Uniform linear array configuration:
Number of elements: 48
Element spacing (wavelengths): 0.5
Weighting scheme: uniform
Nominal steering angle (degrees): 30
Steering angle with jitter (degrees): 28.378
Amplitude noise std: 0.05
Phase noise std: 0.05

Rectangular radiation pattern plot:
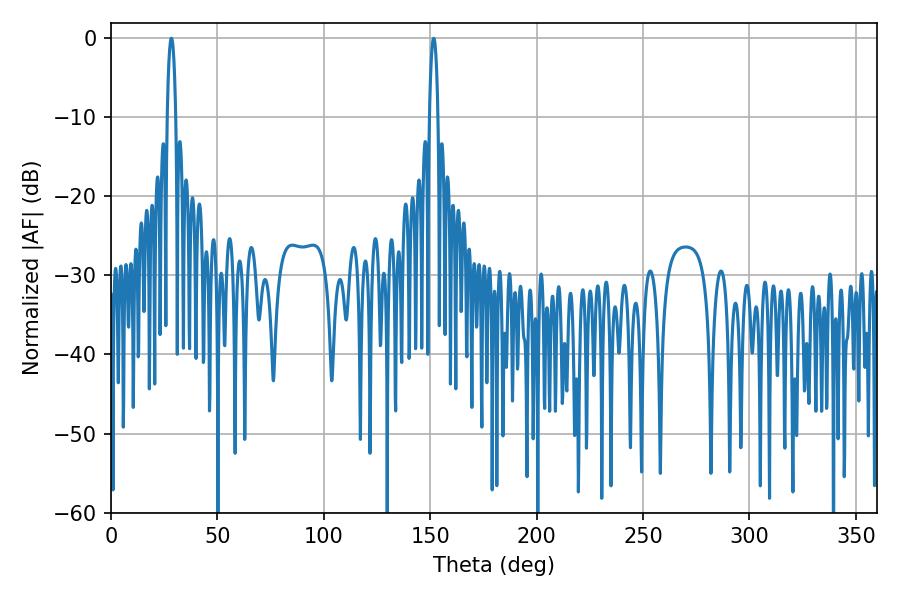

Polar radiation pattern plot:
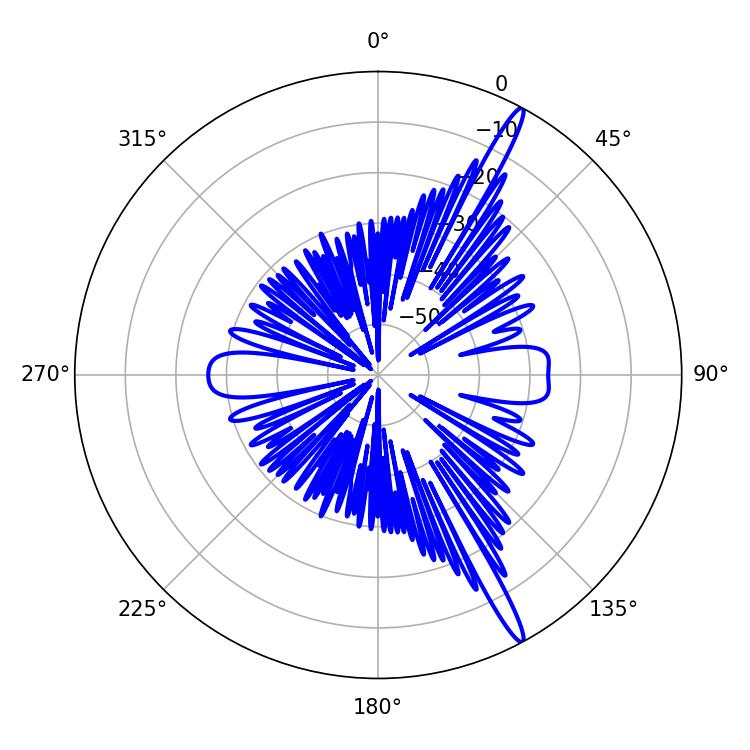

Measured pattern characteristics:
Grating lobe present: FALSE
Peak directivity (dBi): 16.462
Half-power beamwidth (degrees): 2.16
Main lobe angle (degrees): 28.44